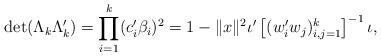
LaTeX: \begin{align*}\det(\Lambda_k\Lambda_k') = \prod_{i=1}^k (c_i'\beta_i)^2 = 1- \|x\|^2\iota'\left[(w_i'w_j)_{i,j=1}^k\right]^{-1}\iota,\end{align*}